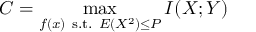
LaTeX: C = \operatorname* { m a x } _ { f ( x ) { \mathrm { ~ s . t . ~ } } E \left( X ^ { 2 } \right) \leq P } I ( X ; Y ) \,